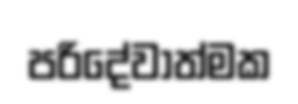
පරිදේවාත්මක